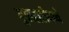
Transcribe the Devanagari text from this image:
गुवाहाटीमध्ये